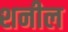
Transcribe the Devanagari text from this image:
शनील